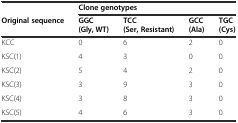
|  | <COLSPAN=4> Clone genotypes |
 | Original sequence | GGC(Gly, WT) | TCC (Ser, Resistant) | GCC (Ala) | TGC (Cys) |
 | --- | --- | --- | --- | --- |
 | KCC | 0 | 6 | 2 | 0 |
 | KSC(1) | 4 | 3 | 0 | 0 |
 | KSC(2) | 5 | 4 | 2 | 0 |
 | KSC(3) | 3 | 9 | 3 | 0 |
 | KSC(4) | 3 | 8 | 3 | 0 |
 | KSC(5) | 4 | 6 | 3 | 0 |